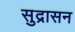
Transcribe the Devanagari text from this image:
सुद्रासन